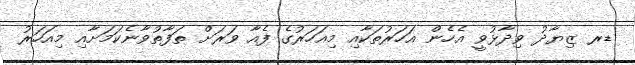
ޑރ ޒިޔާދު ވިދާޅުވީ އެހެން އަހަރުތަކާއި މިއަހަރުގެ ފެއާ ވަރަށް ތަފާތުވާނެކަމަށާއި މިއަަހަރު